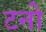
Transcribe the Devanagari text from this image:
टनो